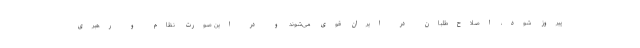
پیروز شود، اصلاح‌طلبان در ایران قوی می‌شوند و در این صورت نظام و رهبری